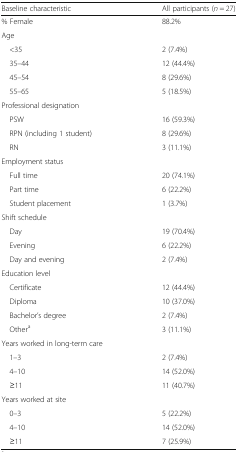
| Baseline characteristic | All participants (n = 27) |
 | --- | --- |
 | % Female | 88.2% |
 | <COLSPAN=2> Age |
 | <35 | 2 (7.4%) |
 | 35–44 | 12 (44.4%) |
 | 45–54 | 8 (29.6%) |
 | 55–65 | 5 (18.5%) |
 | <COLSPAN=2> Professional designation |
 | PSW | 16 (59.3%) |
 | RPN (including 1 student) | 8 (29.6%) |
 | RN | 3 (11.1%) |
 | <COLSPAN=2> Employment status |
 | Full time | 20 (74.1%) |
 | Part time | 6 (22.2%) |
 | Student placement | 1 (3.7%) |
 | <COLSPAN=2> Shift schedule |
 | Day | 19 (70.4%) |
 | Evening | 6 (22.2%) |
 | Day and evening | 2 (7.4%) |
 | <COLSPAN=2> Education level |
 | Certificate | 12 (44.4%) |
 | Diploma | 10 (37.0%) |
 | Bachelor’s degree | 2 (7.4%) |
 | Othera | 3 (11.1%) |
 | <COLSPAN=2> Years worked in long-term care |
 | 1–3 | 2 (7.4%) |
 | 4–10 | 14 (52.0%) |
 | ≥11 | 11 (40.7%) |
 | <COLSPAN=2> Years worked at site |
 | 0–3 | 5 (22.2%) |
 | 4–10 | 14 (52.0%) |
 | ≥11 | 7 (25.9%) |